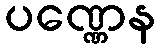
ပဏ္ဏေန